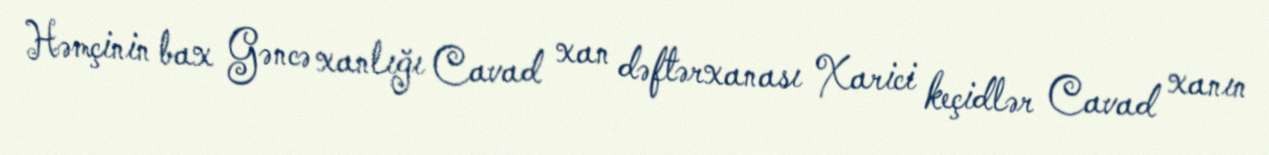
Həmçinin bax Gəncə xanlığı Cavad xan dəftərxanası Xarici keçidlər Cavad xanın